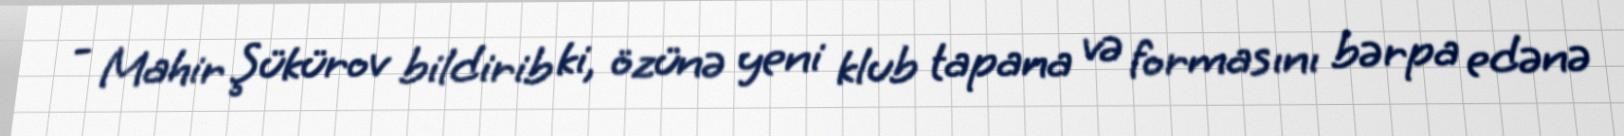
- Mahir Şükürov bildirib ki, özünə yeni klub tapana və formasını bərpa edənə